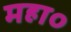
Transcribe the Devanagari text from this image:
महा०